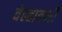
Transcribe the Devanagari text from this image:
वेल्हावणी